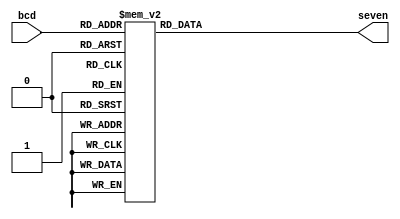
`timescale 1ns / 1ps
//////////////////////////////////////////////////////////////////////////////////
// Company: 
// Engineer: 
// 
// Design Name: 
// Module Name: bcd_seven
// Project Name: 
// Target Devices: 
// Tool Versions: 
// Description: 
// 
// Dependencies: 
// 
// Revision:
// Revision 0.01 - File Created
// Additional Comments:
// 
//////////////////////////////////////////////////////////////////////////////////


module bcd_seven(
	output reg [7:0] seven,
	input [3:0] bcd
	);

	always @(bcd)
	begin
		case(bcd)
			4'b0000 : seven = ~8'b0011_1111;         // "0"
			4'b0001 : seven = ~8'b0000_0110;         // "1"
			4'b0010 : seven = ~8'b0101_1011;         // "2"
			4'b0011 : seven = ~8'b0100_1111;         // "3"
			4'b0100 : seven = ~8'b0110_0110;         // "4"
			4'b0101 : seven = ~8'b0110_1101;         // "5"
			4'b0110 : seven = ~8'b0111_1101;         // "6"
			4'b0111 : seven = ~8'b0000_0111;         // "7"
			4'b1000 : seven = ~8'b0111_1111;         // "8"
			4'b1001 : seven = ~8'b0110_1111;         // "9"
			4'b1010 : seven = ~8'b0111_0111;         // "A"
			4'b1011 : seven = ~8'b0111_1100;         // "b"
			4'b1100 : seven = ~8'b0011_1001;         // "C"
			4'b1101 : seven = ~8'b0101_1110;         // "d"
			4'b1110 : seven = ~8'b0111_1001;         // "E"
			4'b1111 : seven = ~8'b0111_0001;         // "F"
			default : seven = ~8'b0000_0000;         // all dim out 
		endcase
	end
endmodule